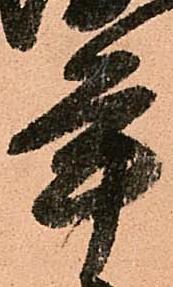
年